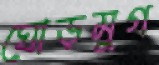
ঘোড়মুগ